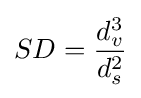
SD={\frac {d_{v}^{3}}{d_{s}^{2}}}